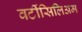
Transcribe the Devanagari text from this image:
वर्टीसिलिअम